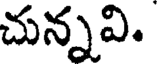
చున్నవి.